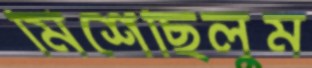
মিশেছিলুম